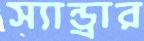
স্যান্ড্রার